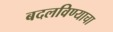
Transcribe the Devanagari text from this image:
बदलविण्याचा